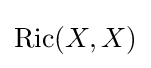
\operatorname {Ric} (X,X)